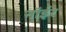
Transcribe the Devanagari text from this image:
नॉईर